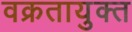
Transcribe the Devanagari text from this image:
वक्रतायुक्त